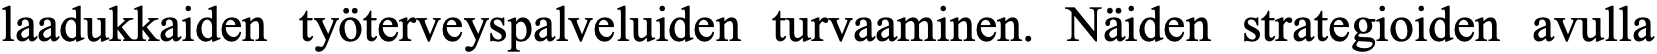
laadukkaiden työterveyspalveluiden turvaaminen. Näiden strategioiden avulla